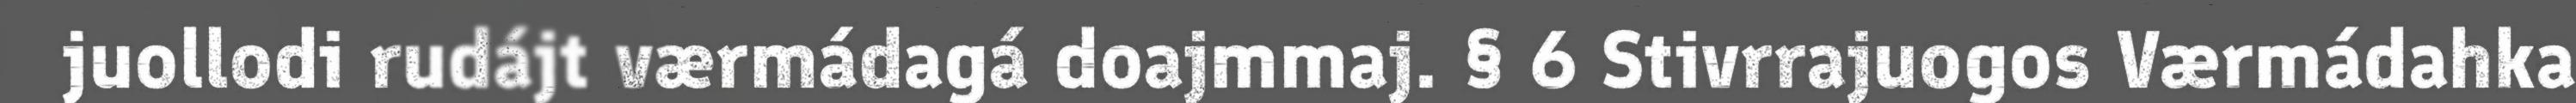
juollodi rudájt værmádagá doajmmaj. § 6 Stivrrajuogos Værmádahka